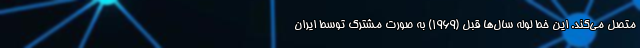
متصل می‌کند. این خط لوله سال‌ها قبل (1969) به صورت مشترک توسط ایران